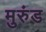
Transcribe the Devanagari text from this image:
मुरुंड